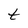
Character: t